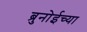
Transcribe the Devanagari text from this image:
ब्रुनोईच्या